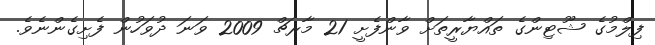
ފިލްމުގެ ޝޫޓިންގެ ތައްޔާރީތަށް ވާންފެށީ 21 މާރޗް 2009 ވަނަ ދުވަހުން ފެށިގެންނެވެ.